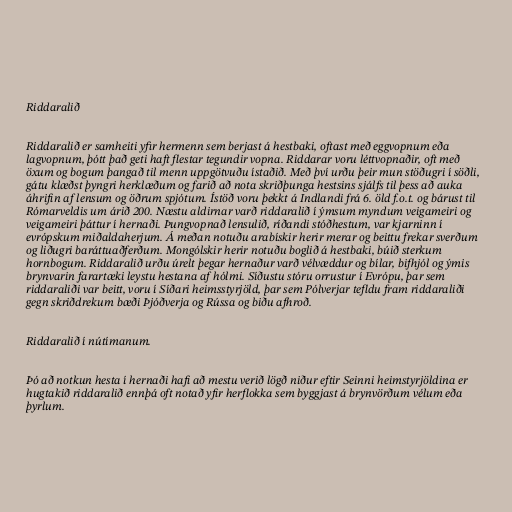
Riddaralið

Riddaralið er samheiti yfir hermenn sem berjast á hestbaki, oftast með eggvopnum eða
lagvopnum, þótt það geti haft flestar tegundir vopna. Riddarar voru léttvopnaðir, oft með
öxum og bogum þangað til menn uppgötvuðu ístaðið. Með því urðu þeir mun stöðugri í söðli,
gátu klæðst þyngri herklæðum og farið að nota skriðþunga hestsins sjálfs til þess að auka
áhrifin af lensum og öðrum spjótum. Ístöð voru þekkt á Indlandi frá 6. öld f.o.t. og bárust til
Rómarveldis um árið 200. Næstu aldirnar varð riddaralið í ýmsum myndum veigameiri og
veigameiri þáttur í hernaði. Þungvopnað lensulið, ríðandi stóðhestum, var kjarninn í
evrópskum miðaldaherjum. Á meðan notuðu arabískir herir merar og beittu frekar sverðum
og liðugri baráttuaðferðum. Mongólskir herir notuðu boglið á hestbaki, búið sterkum
hornbogum. Riddaralið urðu úrelt þegar hernaður varð vélvæddur og bílar, bifhjól og ýmis
brynvarin farartæki leystu hestana af hólmi. Síðustu stóru orrustur í Evrópu, þar sem
riddaraliði var beitt, voru í Síðari heimsstyrjöld, þar sem Pólverjar tefldu fram riddaraliði
gegn skriðdrekum bæði Þjóðverja og Rússa og biðu afhroð.

Riddaralið í nútímanum.

Þó að notkun hesta í hernaði hafi að mestu verið lögð niður eftir Seinni heimstyrjöldina er
hugtakið riddaralið ennþá oft notað yfir herflokka sem byggjast á brynvörðum vélum eða
þyrlum.